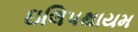
ઇલિપથાયમ